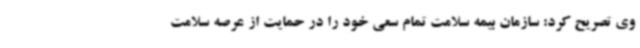
وی تصریح کرد: سازمان بیمه سلامت تمام سعی خود را در حمایت از عرصه سلامت